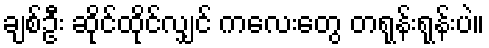
ချစ်ဦး ဆိုင်ထိုင်လျှင် ကလေးတွေ တရုန်းရုန်းပဲ။